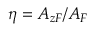
\eta = A _ { z F } / A _ { F }